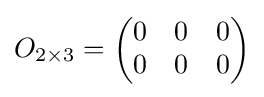
O_{2\times 3}={\begin{pmatrix}0&0&0\\0&0&0\end{pmatrix}}